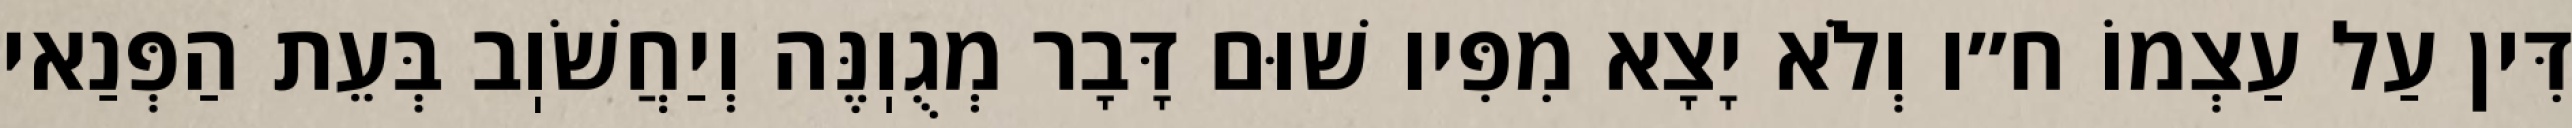
דִּין עַל עַצְמוֹ ח״ו וְלֹא יָצָא מִפִּיו שׁוּם דָּבָר מְגֻוֽנֶּה וְיַחֲשֹׁוֽב בְּעֵת הַפְּנַאי